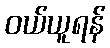
ဝယ်ယူရန်